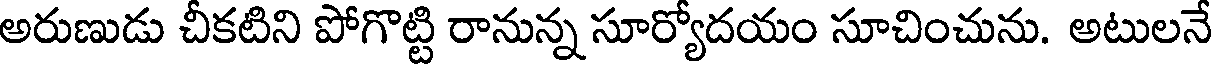
అరుణుడు చీకటిని పోగొట్టి రానున్న సూర్యోదయం సూచించును. అటులనే